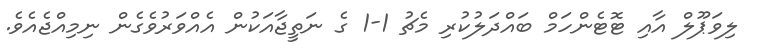
ލިވަޕޫލް އާއި ޓޮޓެންހަމް ބައްދަލުކުރި މެޗު 1-1 ގެ ނަތީޖާއަކުން އެއްވަރުވެގެން ނިމިއްޖެއެވެ.